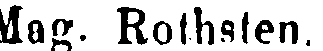
Mag. Rothsten,